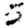
Digit: 5